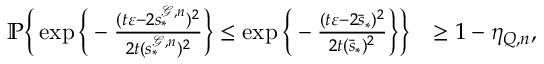
\begin{array} { r l } { \mathbb { P } \bigg \{ \exp \bigg \{ - \frac { ( t \varepsilon - 2 s _ { * } ^ { \mathcal { G } , n } ) ^ { 2 } } { 2 t ( s _ { * } ^ { \mathcal { G } , n } ) ^ { 2 } } \bigg \} \le \exp \bigg \{ - \frac { ( t \varepsilon - 2 \bar { s } _ { * } ) ^ { 2 } } { 2 t ( \bar { s } _ { * } ) ^ { 2 } } \bigg \} \bigg \} } & { \ge 1 - \eta _ { Q , n } , } \end{array}